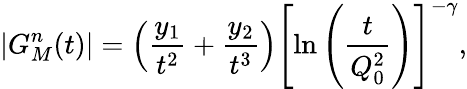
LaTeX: \left|G_{M}^{n}(t)\right|=\left(\frac{y_{1}}{t^{2}}+\frac{y_{2}}{t^{3}}\right)\left[\ln\left(\frac{t}{Q_{0}^{2}}\right)\right]^{-\gamma},